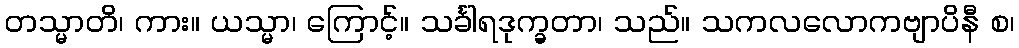
တသ္မာတိ၊ ကား။ ယသ္မာ၊ ကြောင့်။ သင်္ခါရဒုက္ခတာ၊ သည်။ သကလလောကဗျာပိနီ စ၊